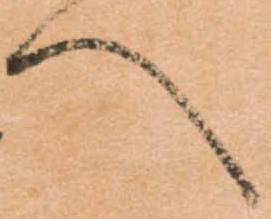
へ